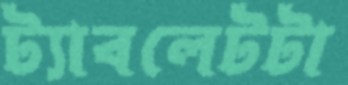
ট্যাবলেটটা